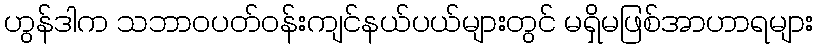
ဟွန်ဒါက သဘာဝပတ်ဝန်းကျင်နယ်ပယ်များတွင် မရှိမဖြစ်အာဟာရများ